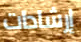
إرشادات